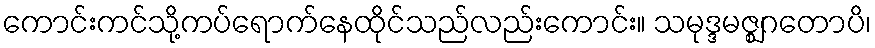
ကောင်းကင်သို့ကပ်ရောက်နေထိုင်သည်လည်းကောင်း။ သမုဒ္ဒမဇ္ဈဂတောပိ၊